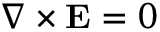
\nabla \times \mathbf { E } = 0